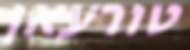
טורעאן